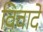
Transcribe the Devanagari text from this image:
विवादे